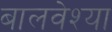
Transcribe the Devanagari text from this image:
बालवेश्या